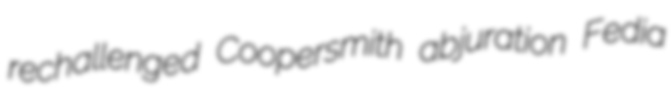
rechallenged Coopersmith abjuration Fedia